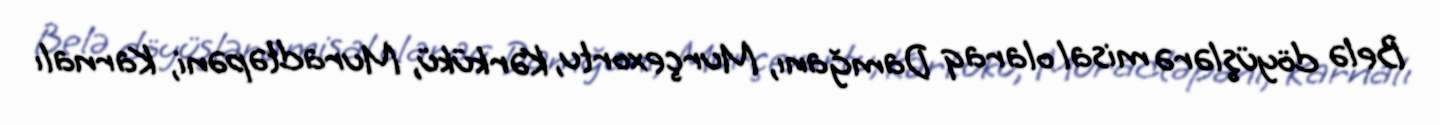
Belə döyüşlərə misal olaraq Damğanı, Murçexortu, Kərkükü, Muradtəpəni, Karnalı